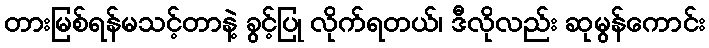
တားမြစ်ရန်မသင့်တာနဲ့ ခွင့်ပြု လိုက်ရတယ်၊ ဒီလိုလည်း ဆုမွန်ကောင်း